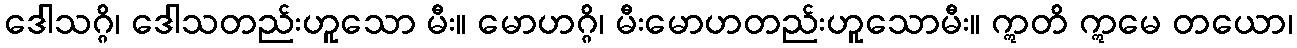
ဒေါသဂ္ဂိ၊ ဒေါသတည်းဟူသော မီး။ မောဟဂ္ဂိ၊ မီးမောဟတည်းဟူသောမီး။ ဣတိ ဣမေ တယော၊